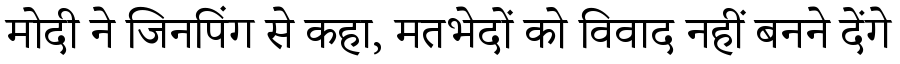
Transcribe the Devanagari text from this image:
मोदी ने जिनपिंग से कहा, मतभेदों को विवाद नहीं बनने देंगे